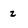
Character: Z